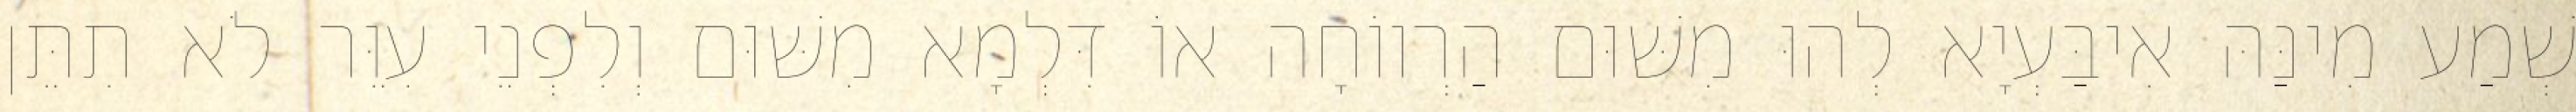
שְׁמַע מִינַּהּ אִיבַּעְיָא לְהוּ מִשּׁוּם הַרְווֹחָה אוֹ דִּלְמָא מִשּׁוּם וְלִפְנֵי עִוֵּר לֹא תִתֵּן